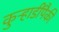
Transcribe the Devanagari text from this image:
कुऱ्हाडींपैकी